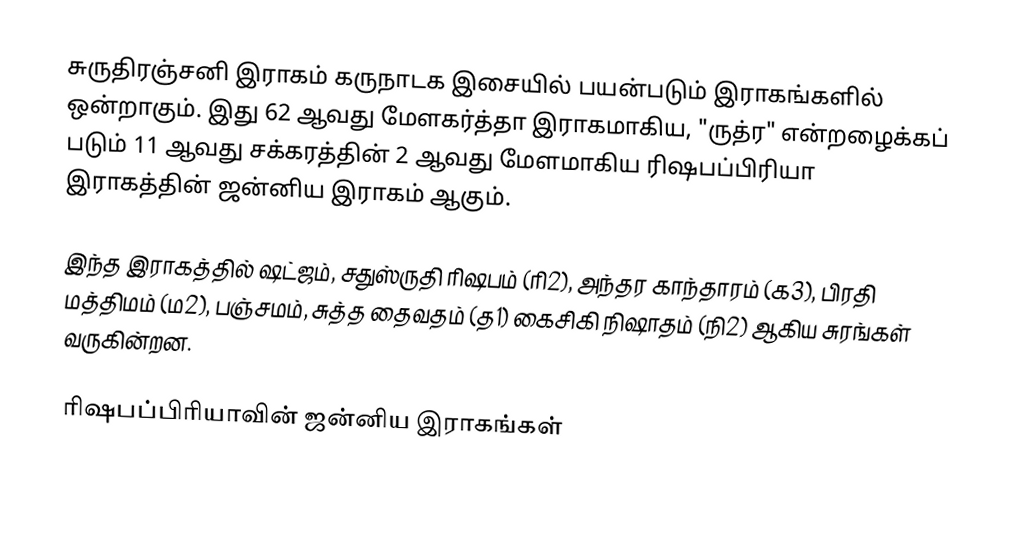
சுருதிரஞ்சனி இராகம் கருநாடக இசையில் பயன்படும் இராகங்களில் ஒன்றாகும். இது 62 ஆவது மேளகர்த்தா இராகமாகிய, "ருத்ர" என்றழைக்கப் படும் 11 ஆவது சக்கரத்தின் 2 ஆவது மேளமாகிய ரிஷபப்பிரியா இராகத்தின் ஜன்னிய இராகம் ஆகும்.

இந்த இராகத்தில் ஷட்ஜம், சதுஸ்ருதி ரிஷபம் (ரி2),  அந்தர காந்தாரம் (க3), பிரதி மத்திமம் (ம2), பஞ்சமம்,  சுத்த தைவதம் (த1) கைசிகி நிஷாதம்  (நி2) ஆகிய சுரங்கள் வருகின்றன.

ரிஷபப்பிரியாவின் ஜன்னிய இராகங்கள்